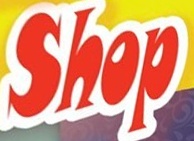
Shap